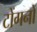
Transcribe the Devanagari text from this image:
टोंगनों